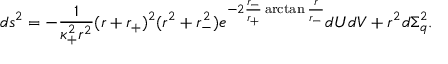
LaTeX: d s ^ { 2 } = - \frac { 1 } { \kappa _ { + } ^ { 2 } r ^ { 2 } } ( r + r _ { + } ) ^ { 2 } ( r ^ { 2 } + r _ { - } ^ { 2 } ) e ^ { - 2 \frac { r _ { - } } { r _ { + } } \arctan \frac { r } { r _ { - } } } d U d V + r ^ { 2 } d \Sigma _ { q } ^ { 2 } .